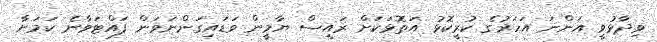
ވިދާޅުވީ އަންނަ އަހަރުގެ ކުރީކޮޅު އަތޮޅަކަށް ރައީސް ޔާމީން ވަޑައިގަންނަވަން ފައްޓަވާނެ ކަމަށާ